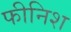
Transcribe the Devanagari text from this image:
फीनिश